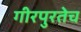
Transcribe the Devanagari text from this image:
गीरपुरतेच